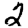
Digit: 2